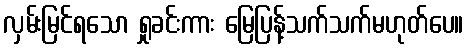
လှမ်းမြင်ရသော ရှုခင်းကား မြေပြန့်သက်သက်မဟုတ်ပေ။